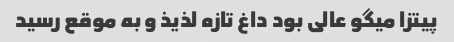
پیتزا میگو عالی بود داغ تازه لذیذ و به موقع رسید